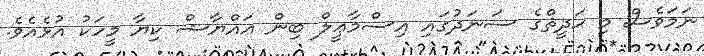
ނަމަވެސް މި ޙަދީޘްގެ ސަނަދުގައި އިސްމާޢީލް ބިން ޢައްޔާޝް ކިޔާ މީހަކު އުޅެއެވެ.